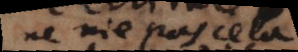
ne nie pas cela